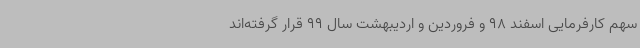
سهم کارفرمایی اسفند 98 و فروردین و اردیبهشت سال 99 قرار گرفته‌اند